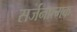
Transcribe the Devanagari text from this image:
सर्जनात्‍मक